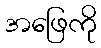
အဖြေကို